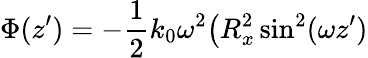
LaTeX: \Phi(z^{\prime})=-\frac{1}{2}k_{0}\omega^{2}\big(R_{x}^{2}\sin^{2}(\omega z^{\prime})